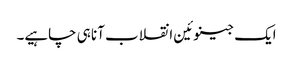
ایک جینوئین انقلاب آنا ہی چاہیے۔